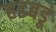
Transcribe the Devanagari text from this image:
हडबडूं